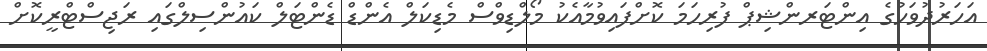
އަހަރުދުވަހުގެ އިންޓަރންޝިޕް ފުރިހަމަ ކޮށްފައިވުމާއެކު މޯލްޑިވްސް މެޑިކަލް އެންޑް ޑެންޓަލް ކައުންސިލްގައި ރަޖިސްޓްރީކޮށް